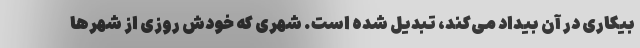
بیکاری در آن بیداد می‌کند، تبدیل شده است. شهری که خودش روزی از شهرها